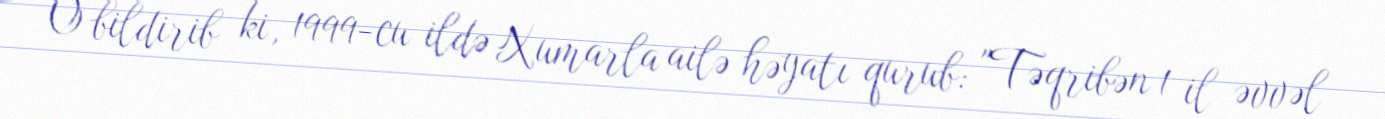
O bildirib ki, 1999-cu ildə Xumarla ailə həyatı qurub: "Təqribən 1 il əvvəl